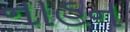
નાહન